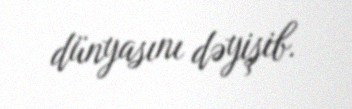
dünyasını dəyişib.